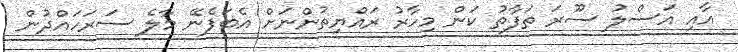
އާއި އަސްލު ސޫރަ ތަފާތު ކަން މިހާރު ރައްޔިތުންނަށް އެބަފެނޭ މާލެ ސަރަހައްދުން